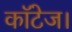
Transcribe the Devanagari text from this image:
कॉटेज।